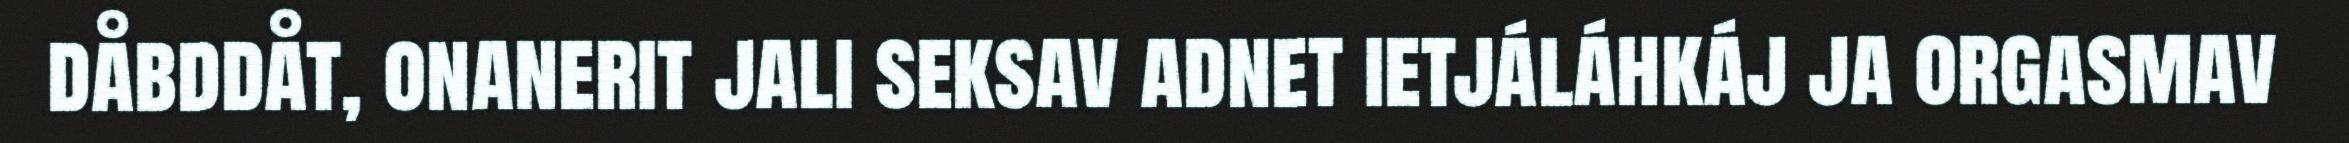
dåbddåt, onanerit jali seksav adnet ietjáláhkáj ja orgasmav